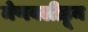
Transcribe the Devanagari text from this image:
मेणवलीहून